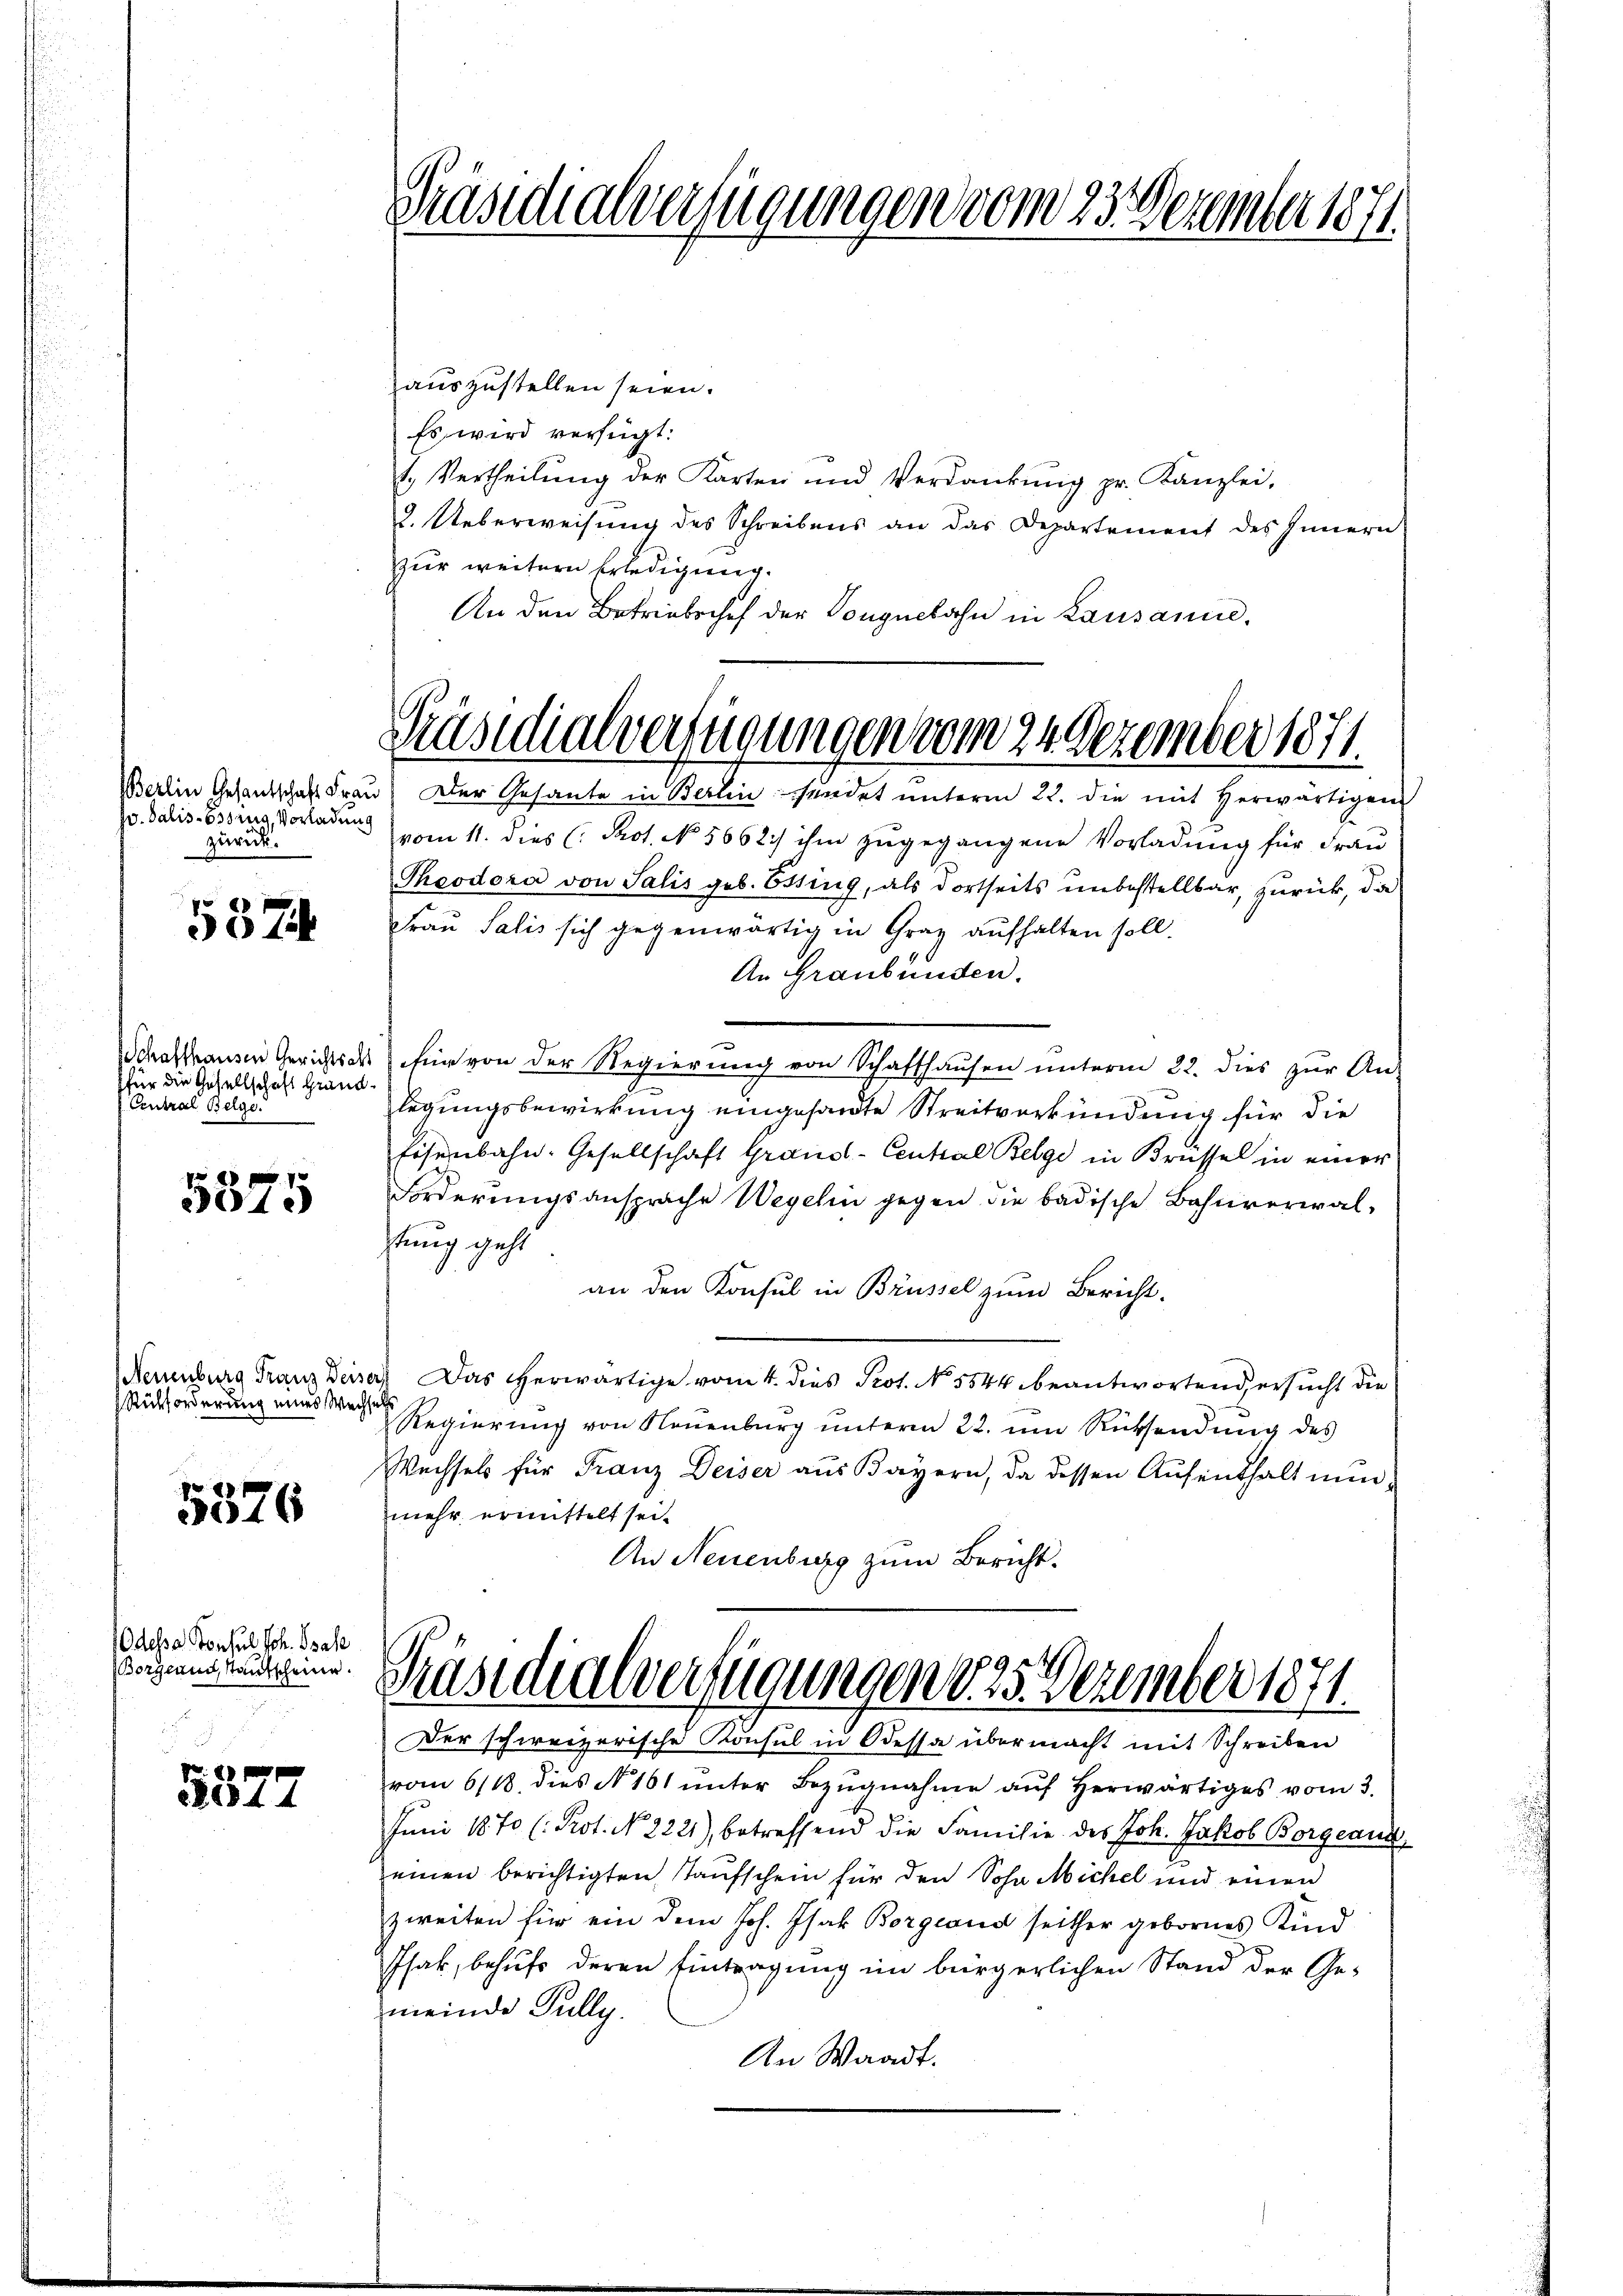
Jv. Salis-Esszug, Vorladen.
zurück.

5374

für die Gesellschaft Grand¬
Central Belge

5375

(Neuenburg Franz Deisers
Rückforderung eines Wechselh

p
016

Odessa Consul Joh. Base
Borgland, tantscheine.

5577

Präsidialverfügungen vom 23. Dezember 1871

auszustellen seien.
Es wird verfügt:
1. Vertheilŭng der Karten und Verdankŭng pr. Kanzlei-
2. Ueberweisung des Schreibens an das Departement des Innern
zur weitere Erledigung.
An den Betriebschef der Donguebahn in Lausanne,

Präsidialverfügungen vom 24. Dezember 1871.
BBerlin Gesantschaft Frau) Der Gesante in Berlin sendet unterm 22. die mit herwärtigens

vom 11. dies (Prot. No. 5662) ihm zugegangene Vorladung für Frau
Theodora von Salis geb. Etting, als dortseits unbestellbar, zurück, da
Frau Salis sich gegenwärtig in Graz aufhalten soll.
An Graubünden.
Schaffhausen Gerichts als für von der Regierung von Schaffhausen unterm 22. dies zur An-
legungsbewirkung eingesandte Streitverkündung für die
Eisenbahn. Gesellschaft Graus-Central Belge in Brüssel in einer
Forderungsansprache Wegelin gegen die badische Bahnverwaltung geht
an den Konsul in Brüssel zum Bericht.
Das herwärtige vom 4. dies Prot. No. 5844 beantwortend ersucht die
Regierung von Neuenburg unterm 22. um Rücksendung des
Wechsels für Franz Deiser aus Kayern, da dessen Aŭfenthalt nunmehr ermittelt sei.
An Neuenburg zum Bericht.

vom 6/18. dies N. 161 unter Bezugnahme auf herwärtiges vom 3.
Juni 1870 (Prot. No. 2221), betreffend die Familie des Joh. Jakob Borgeans
einen berichtigten Taufschein für den Sohn Michel und einen
zweiten für ein dem Joh. Isak Borgeand seither gebornes Kind
Phar, behufs deren Eintragung im bürgerlichen Stand der Ge-
meinde Pully.
An Waadt.

Präsidialverfügungen 125. Dezember 1871
Der schweizerische Konsul in Odessa übermacht mit Schreiben